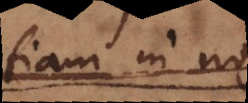
etiam in nos